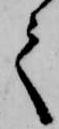
て